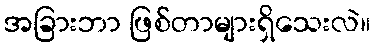
အခြားဘာ ဖြစ်တာများရှိသေးလဲ။